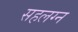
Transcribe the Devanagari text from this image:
सहलग्न